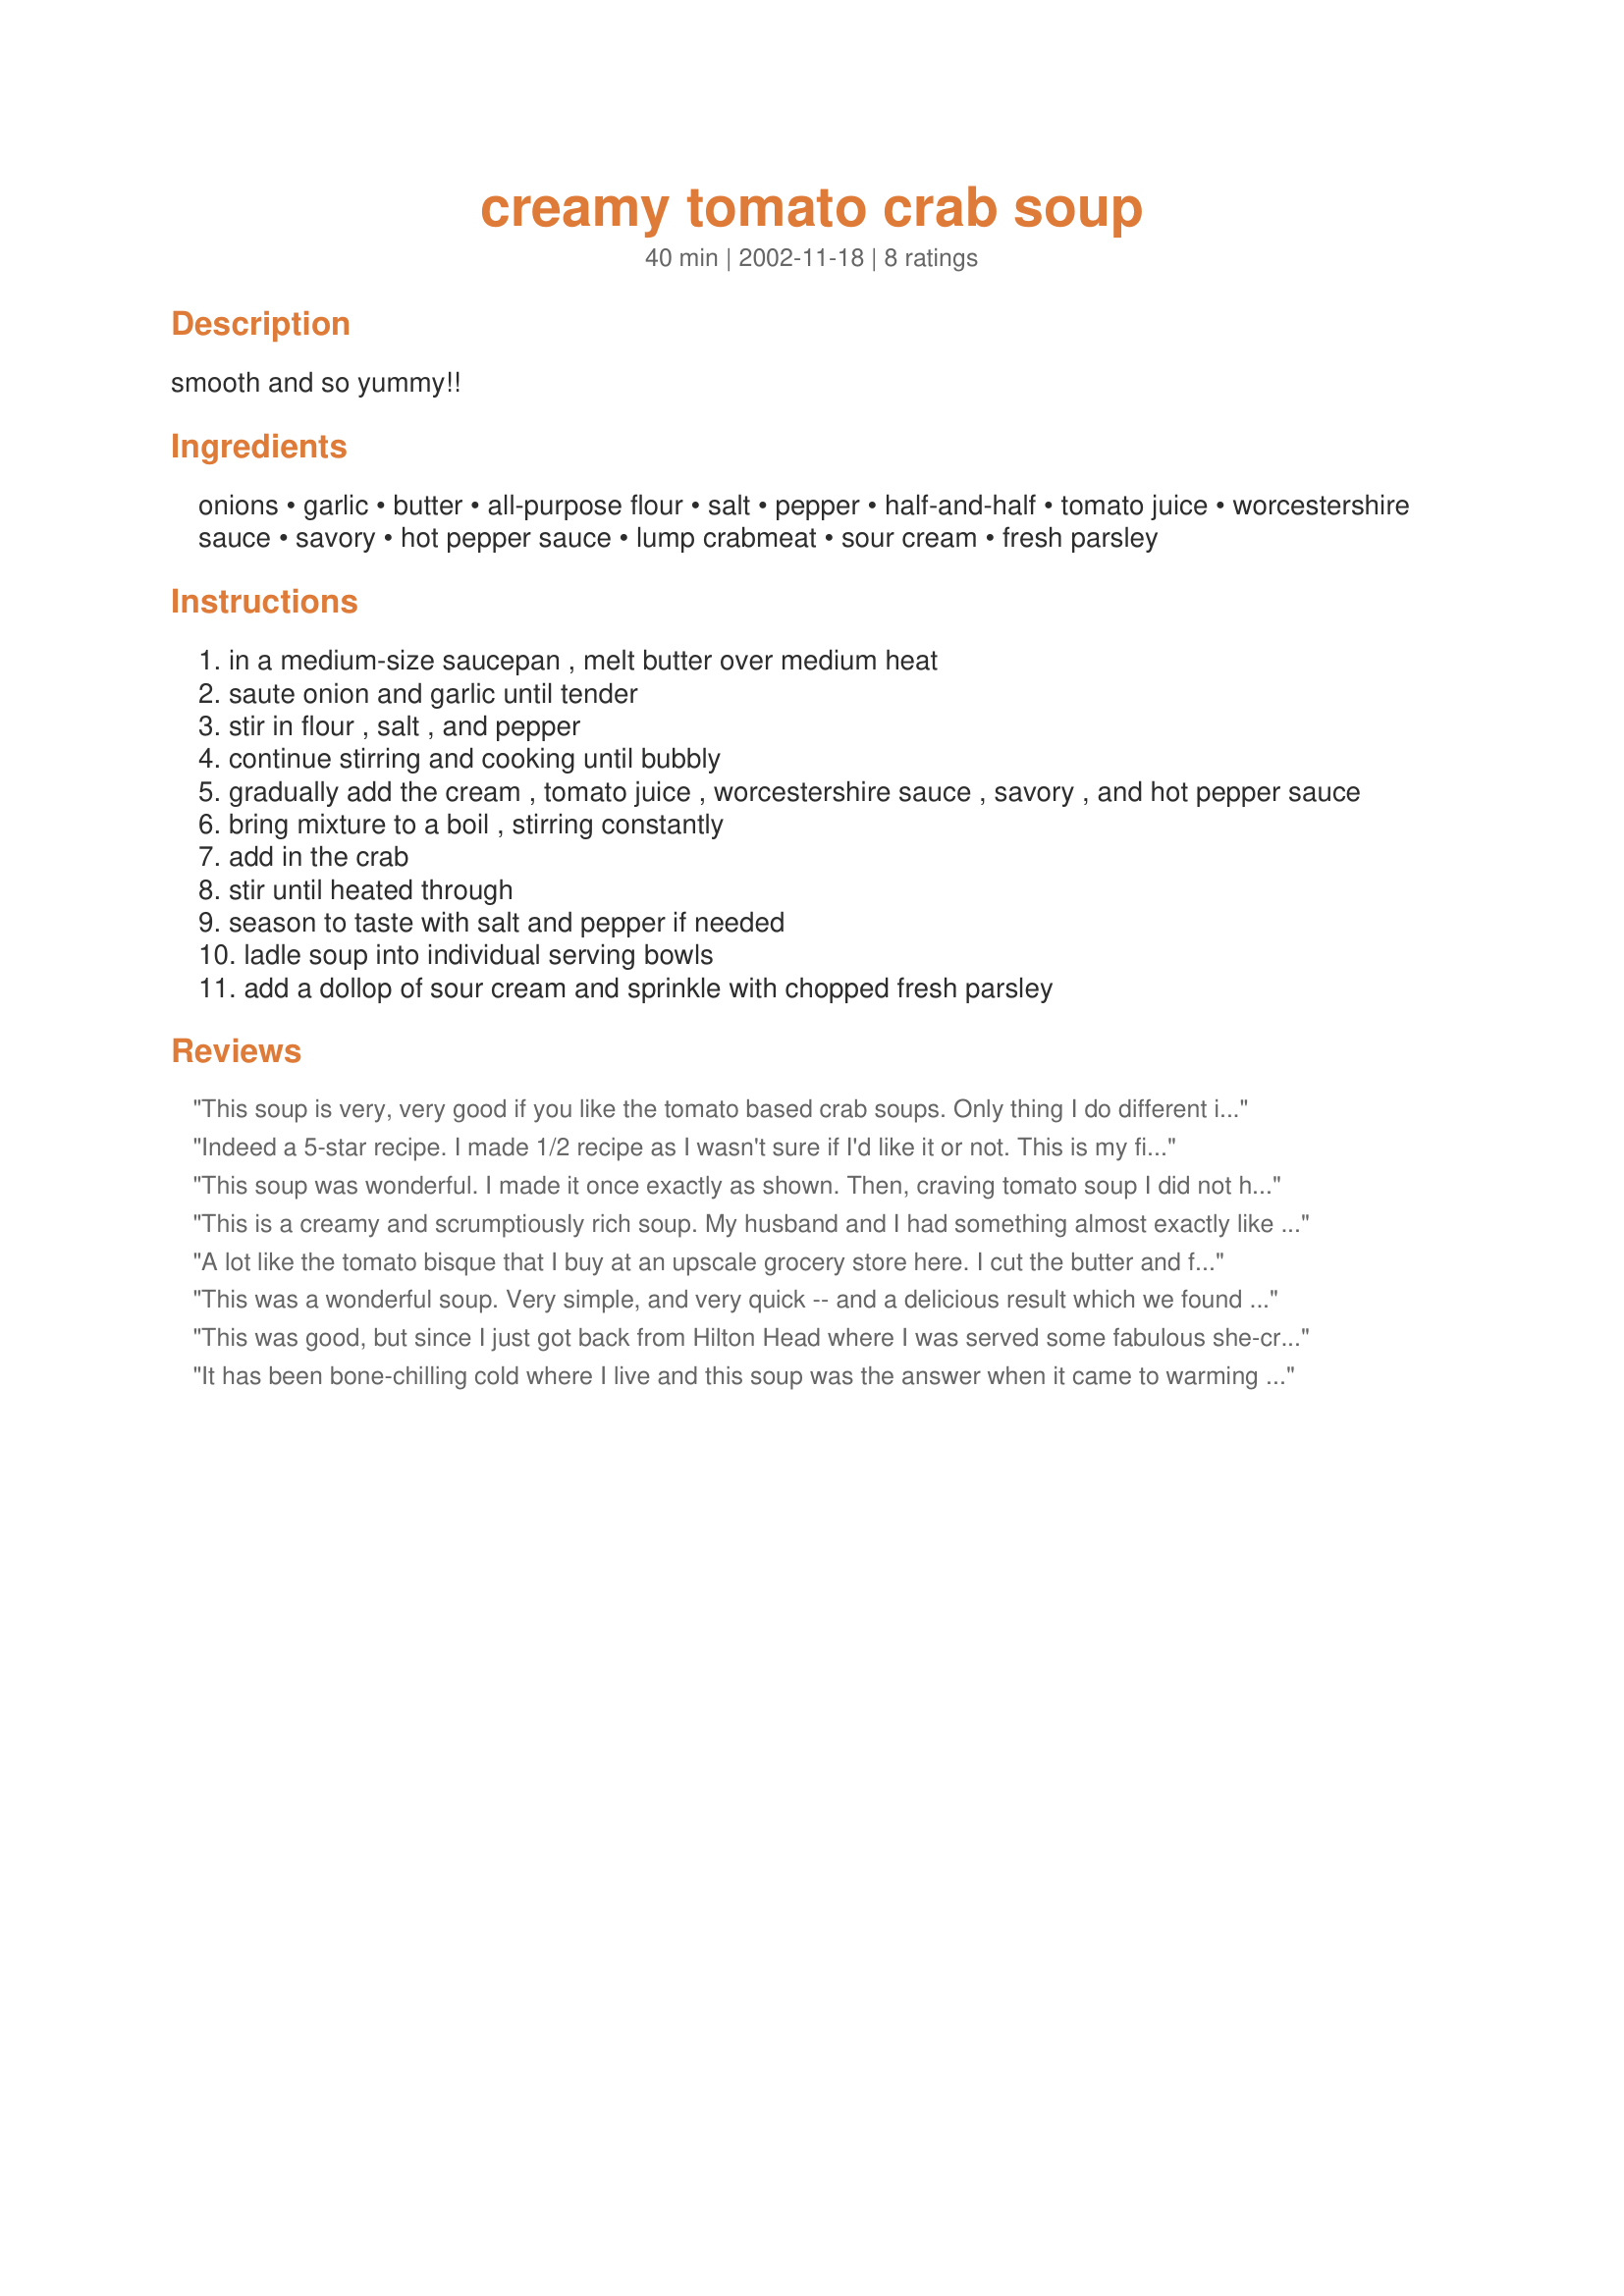
creamy tomato crab soup
Preparation time: 40 minutes

smooth and so yummy!!

Ingredients:
onions, garlic, butter, all-purpose flour, salt, pepper, half-and-half, tomato juice, worcestershire sauce, savory, hot pepper sauce, lump crabmeat, sour cream, fresh parsley

Steps:
in a medium-size saucepan , melt butter over medium heat
saute onion and garlic until tender
stir in flour , salt , and pepper
continue stirring and cooking until bubbly
gradually add the cream , tomato juice , worcestershire sauce , savory , and hot pepper sauce
bring mixture to a boil , stirring constantly
add in the crab
stir until heated through
season to taste with salt and pepper if needed
ladle soup into individual serving bowls
add a dollop of sour cream and sprinkle with chopped fresh parsley

Reviews:
This soup is very, very good if you like the tomato based crab soups. Only thing I do different is use actual King Crab legs and/or lobster meat if I want that too. This is my favorite recipe I've found on this site so far!! MMM.
Indeed a 5-star recipe. I made 1/2 recipe as I wasn't sure if I'd like it or not. This is my first experience with canned crab meat. I used Chicken of the Sea brand. It tastes like something you'd get in a 5-star restaurant. Easy to make,too. Thank you for this delicous soup recipe.
This soup was wonderful. I made it once exactly as shown. Then, craving tomato soup I did not have any more crab. I left out the crab and blended two large roasted red peppers in the blender and added it in with the tomato juice. It was like a roasted red peper & tomato bisque. Great recipe, thank you.
This is a creamy and scrumptiously rich soup. My husband and I had something almost exactly like this when we were in Florida. Very simple to make and we thought it was well seasoned. Thanks for posting this one.
A lot like the tomato bisque that I buy at an upscale grocery store here. I cut the butter and flour in half the 2nd time I made it and it was just as good. I also used 2 cans (11oz) of tomato juice and it wasn't overpowering. Thanks for another great recipe!!
This was a wonderful soup. Very simple, and very quick -- and a delicious result which we found to be incredible. The only thing I would change would be to remember to shake the tomato juice before using :-) Thanks for this great recipe!
Dianne
This was good, but since I just got back from Hilton Head where I was served some fabulous she-crab soup (which is why I wanted to come back home and try to recreate that taste)I had something professional to compare this to. I used canned crab, but it just didn't have that authentic crab taste. Next time, I will try fresh shredded crab. Thank you for posting. Even though it wasn't what I expected, it was still hot, creamy and smooth. A good addition to our meal.
It has been bone-chilling cold where I live and this soup was the answer when it came to warming us up and filling our tummys. Gently seasoned so as not to overpower. I did add about 1/4 t. hot sauce for our preference. Creamy and full of delicious real crab meat.
